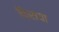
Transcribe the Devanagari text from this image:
फ़िराया